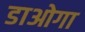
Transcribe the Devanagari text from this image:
डाओगा